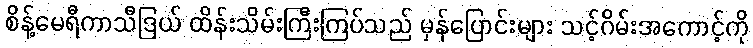
စိန့်မေရီကာသီဒြယ် ထိန်းသိမ်းကြီးကြပ်သည် မှန်ပြောင်းများ သင့်ဂိမ်းအကောင့်ကို